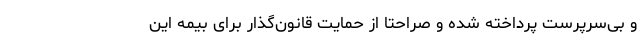
و بی‌سرپرست پرداخته شده و صراحتا از حمایت قانون‌گذار برای بیمه این